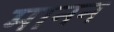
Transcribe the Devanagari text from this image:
मानन